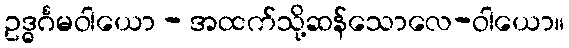
ဥဒ္ဓင်္ဂမဝါယော - အထက်သို့ဆန်သောလေ-ဝါယော။